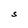
Character: S